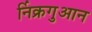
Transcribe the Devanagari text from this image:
र्निक्रगुआन